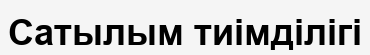
Сатылым тиімділігі